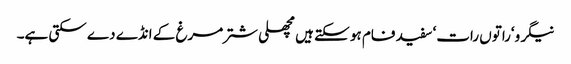
نیگرو‘راتوں رات‘ سفید فام ہو سکتے ہیں مچھلی شتر مرغ کے انڈے دے سکتی ہے۔